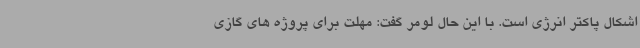
اشکال پاکتر انرژی است. با این حال لومر گفت: مهلت برای پروژه های گازی